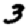
Digit: 3